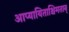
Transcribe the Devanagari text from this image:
आप्यायिताश्चिमतान्